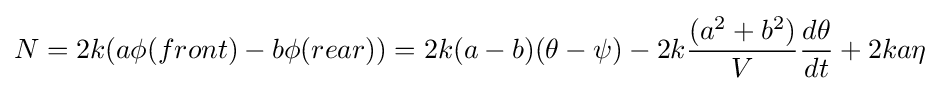
N=2k(a\phi (front)-b\phi (rear))=2k(a-b)(\theta -\psi )-2k{\frac {(a^{2}+b^{2})}{V}}{\frac {d\theta }{dt}}+2ka\eta